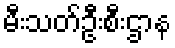
မီးသတ်ဦးစီးဌာန